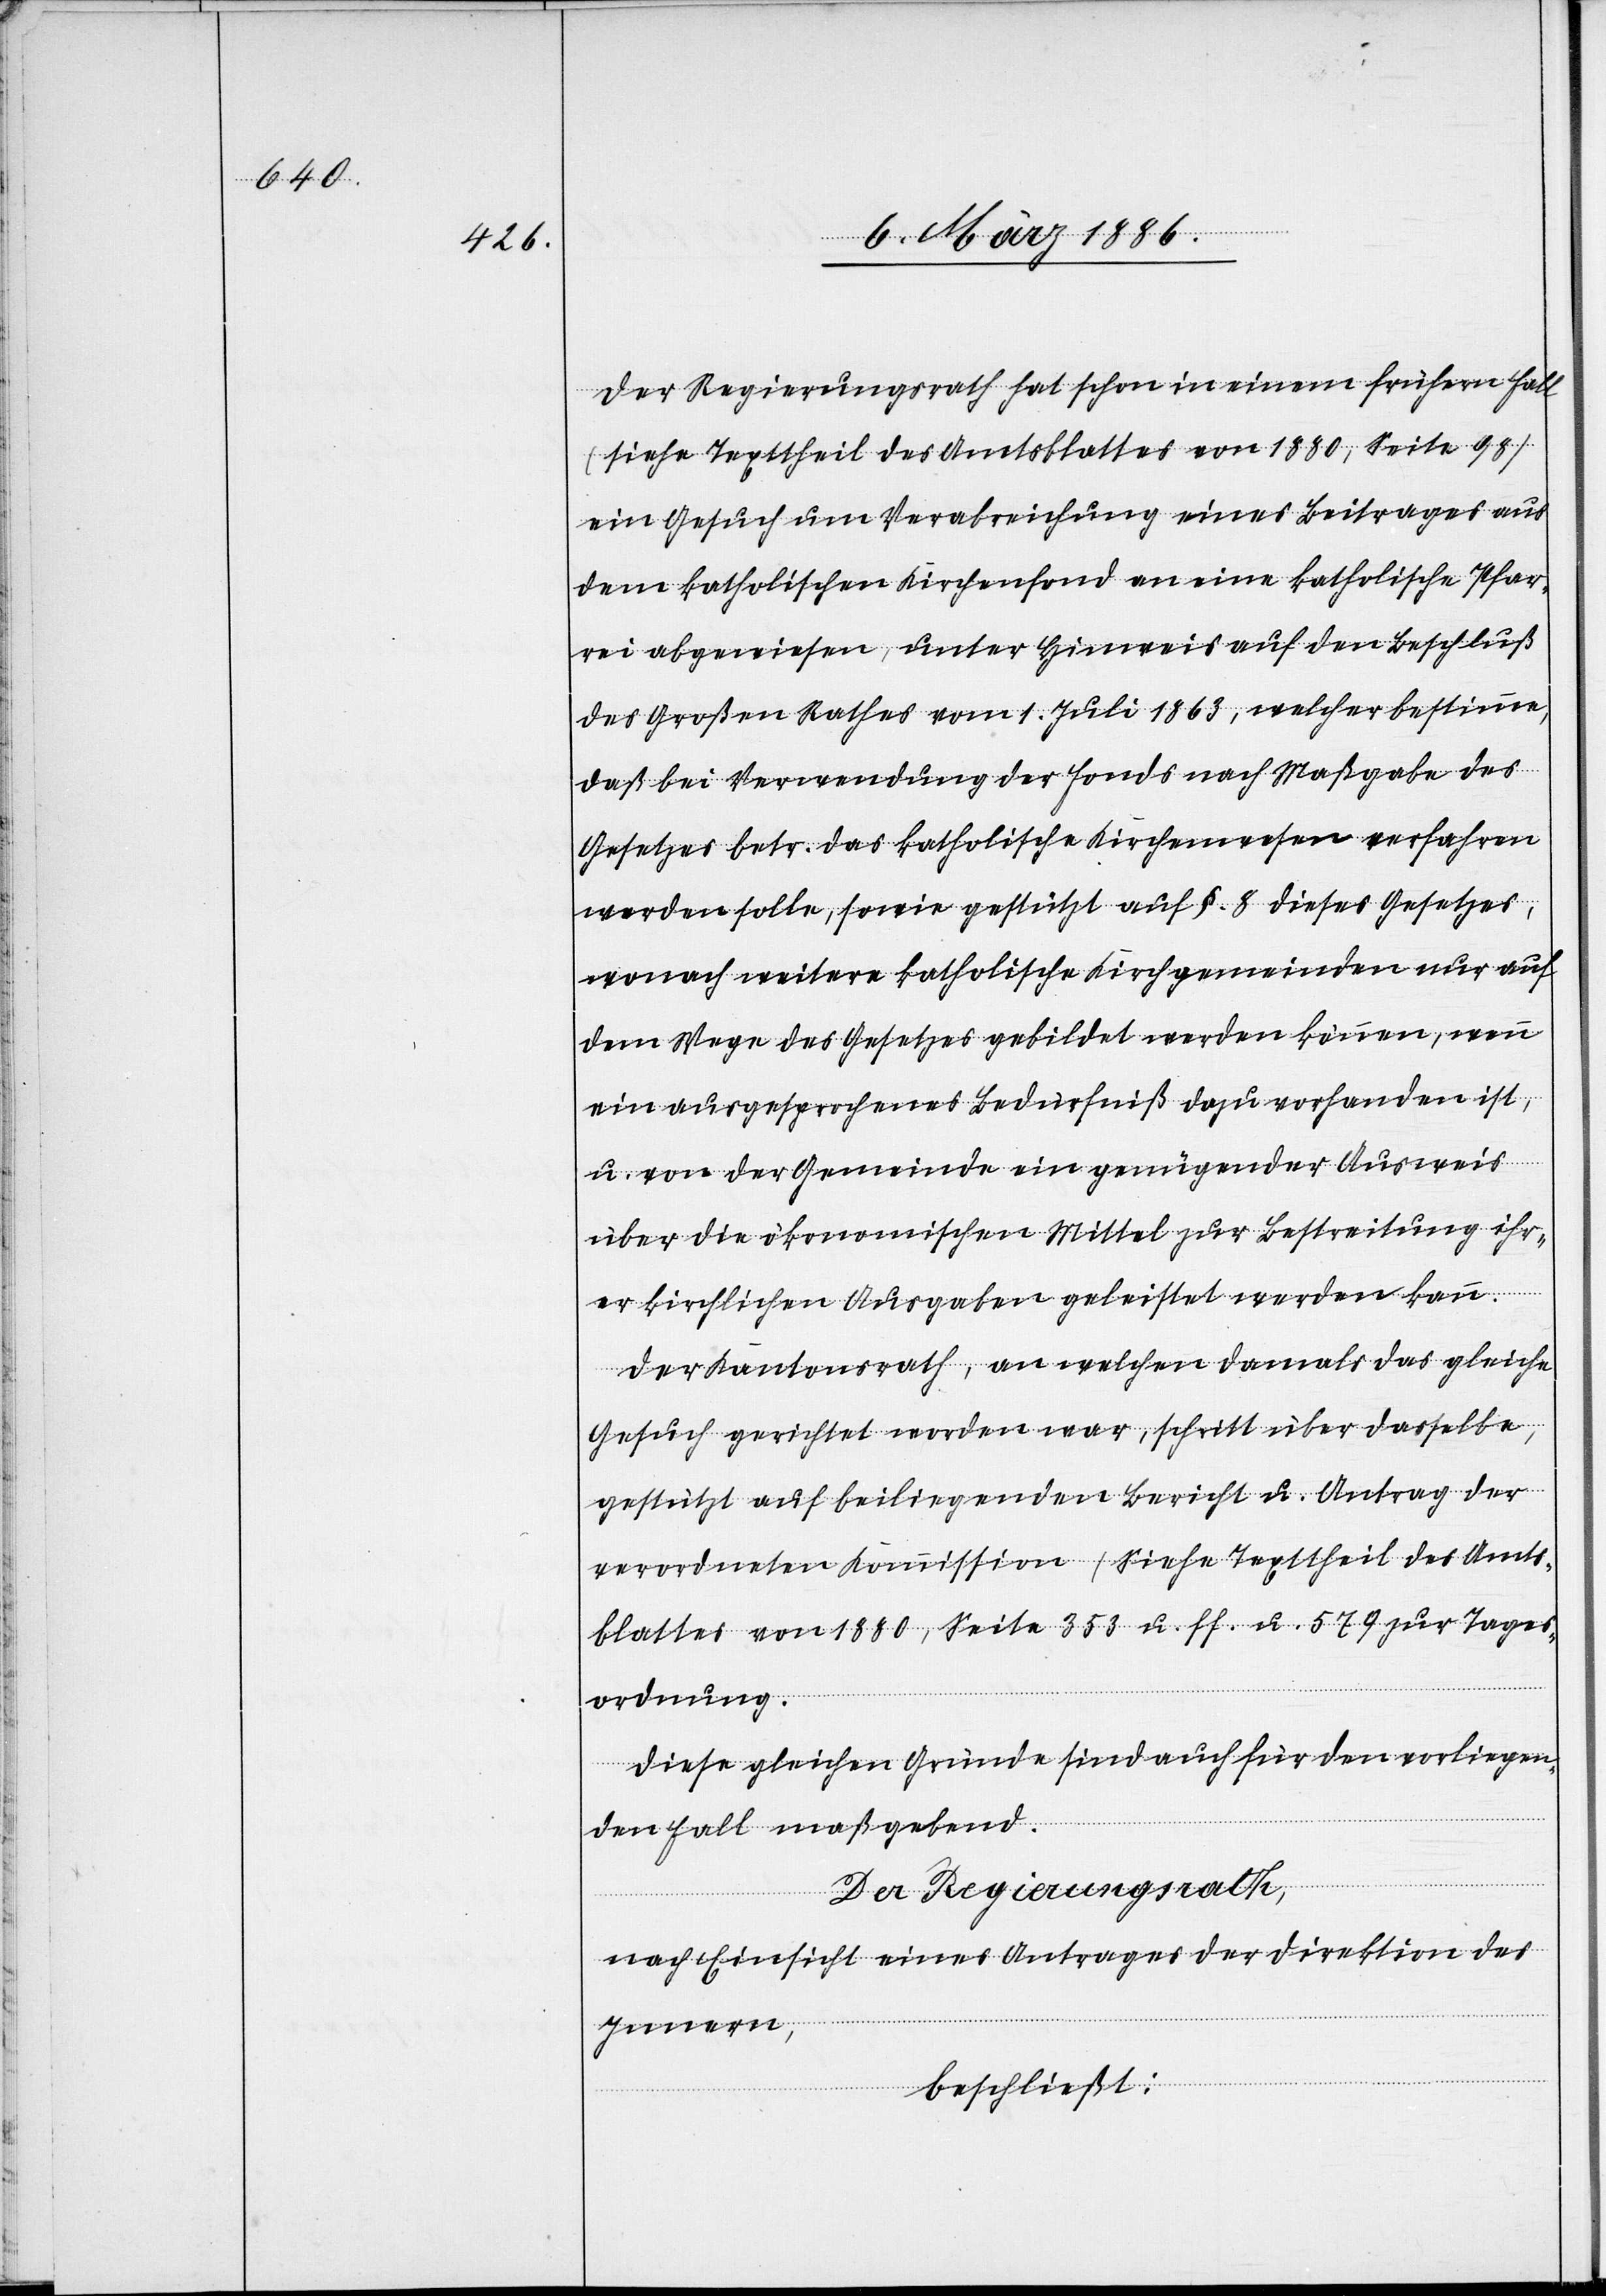
Der Regierungsrath hat schon in einem frühern Fall
(siehe Texttheil des Amtsblattes von 1880, Seite 98)
ein Gesuch um Verabreichung eines Beitrages aus
dem katholischen Kirchenfond an eine katholische Pfar¬
rei abgewiesen, unter Hinweis auf den Beschluß
des Großen Rathes vom 1. Juli 1863, welcher bestimmte,
daß bei Verwendung der Fonds nach Maßgabe des
Gesetzes betr. das katholische Kirchenwesen verfahren
werden sollen, sowie gestützt auf §. 8 dieses Gesetzes,
wonach weitere katholische Kirchengemeinen nur auf
dem Wege des Gesetzes gebildet werden können, wenn
ein ausgesprochenes Bedürfniß dazu vorhanden ist,
u. von der Gemeinde ein genügender Ausweis
über die ökonomischen Mittel zur Bestreitung ihr¬
er kirchlichen Ausgaben geleistet werden kann.
Der Kantonsrath, an welchen damals das gleiche
Gesuch gerichtet worden war, schritt über dasselbe,
gestützt auf beiliegenden Bericht u. Antrag der
verordneten Kommission (Siehe Texttheil des Amts¬
blattes von 1880, Seite 353 u. ff. u. 579 zur Tages¬
ordnung).
Diese gleichen Gründe sind auch für den vorliegen¬
den Fall maßgebend.
De Regierungsrath,
nach Einsicht eines Antrages der Direktion des
Innern,
beschließt: